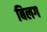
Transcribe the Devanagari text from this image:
बिलग